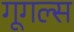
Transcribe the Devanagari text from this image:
गूगल्स